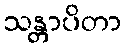
သန္တာပိတာ